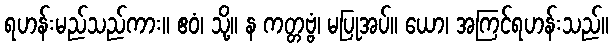
ရဟန်းမည်သည်ကား။ ဧဝံ၊ သို့။ န ကတ္တဗ္ဗံ၊ မပြုအပ်။ ယော၊ အကြင်ရဟန်းသည်။